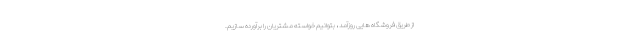
از طریق فروشگاه هایی روزآمد ، بتوانیم خواسته مشتریان را برآورده سازیم.